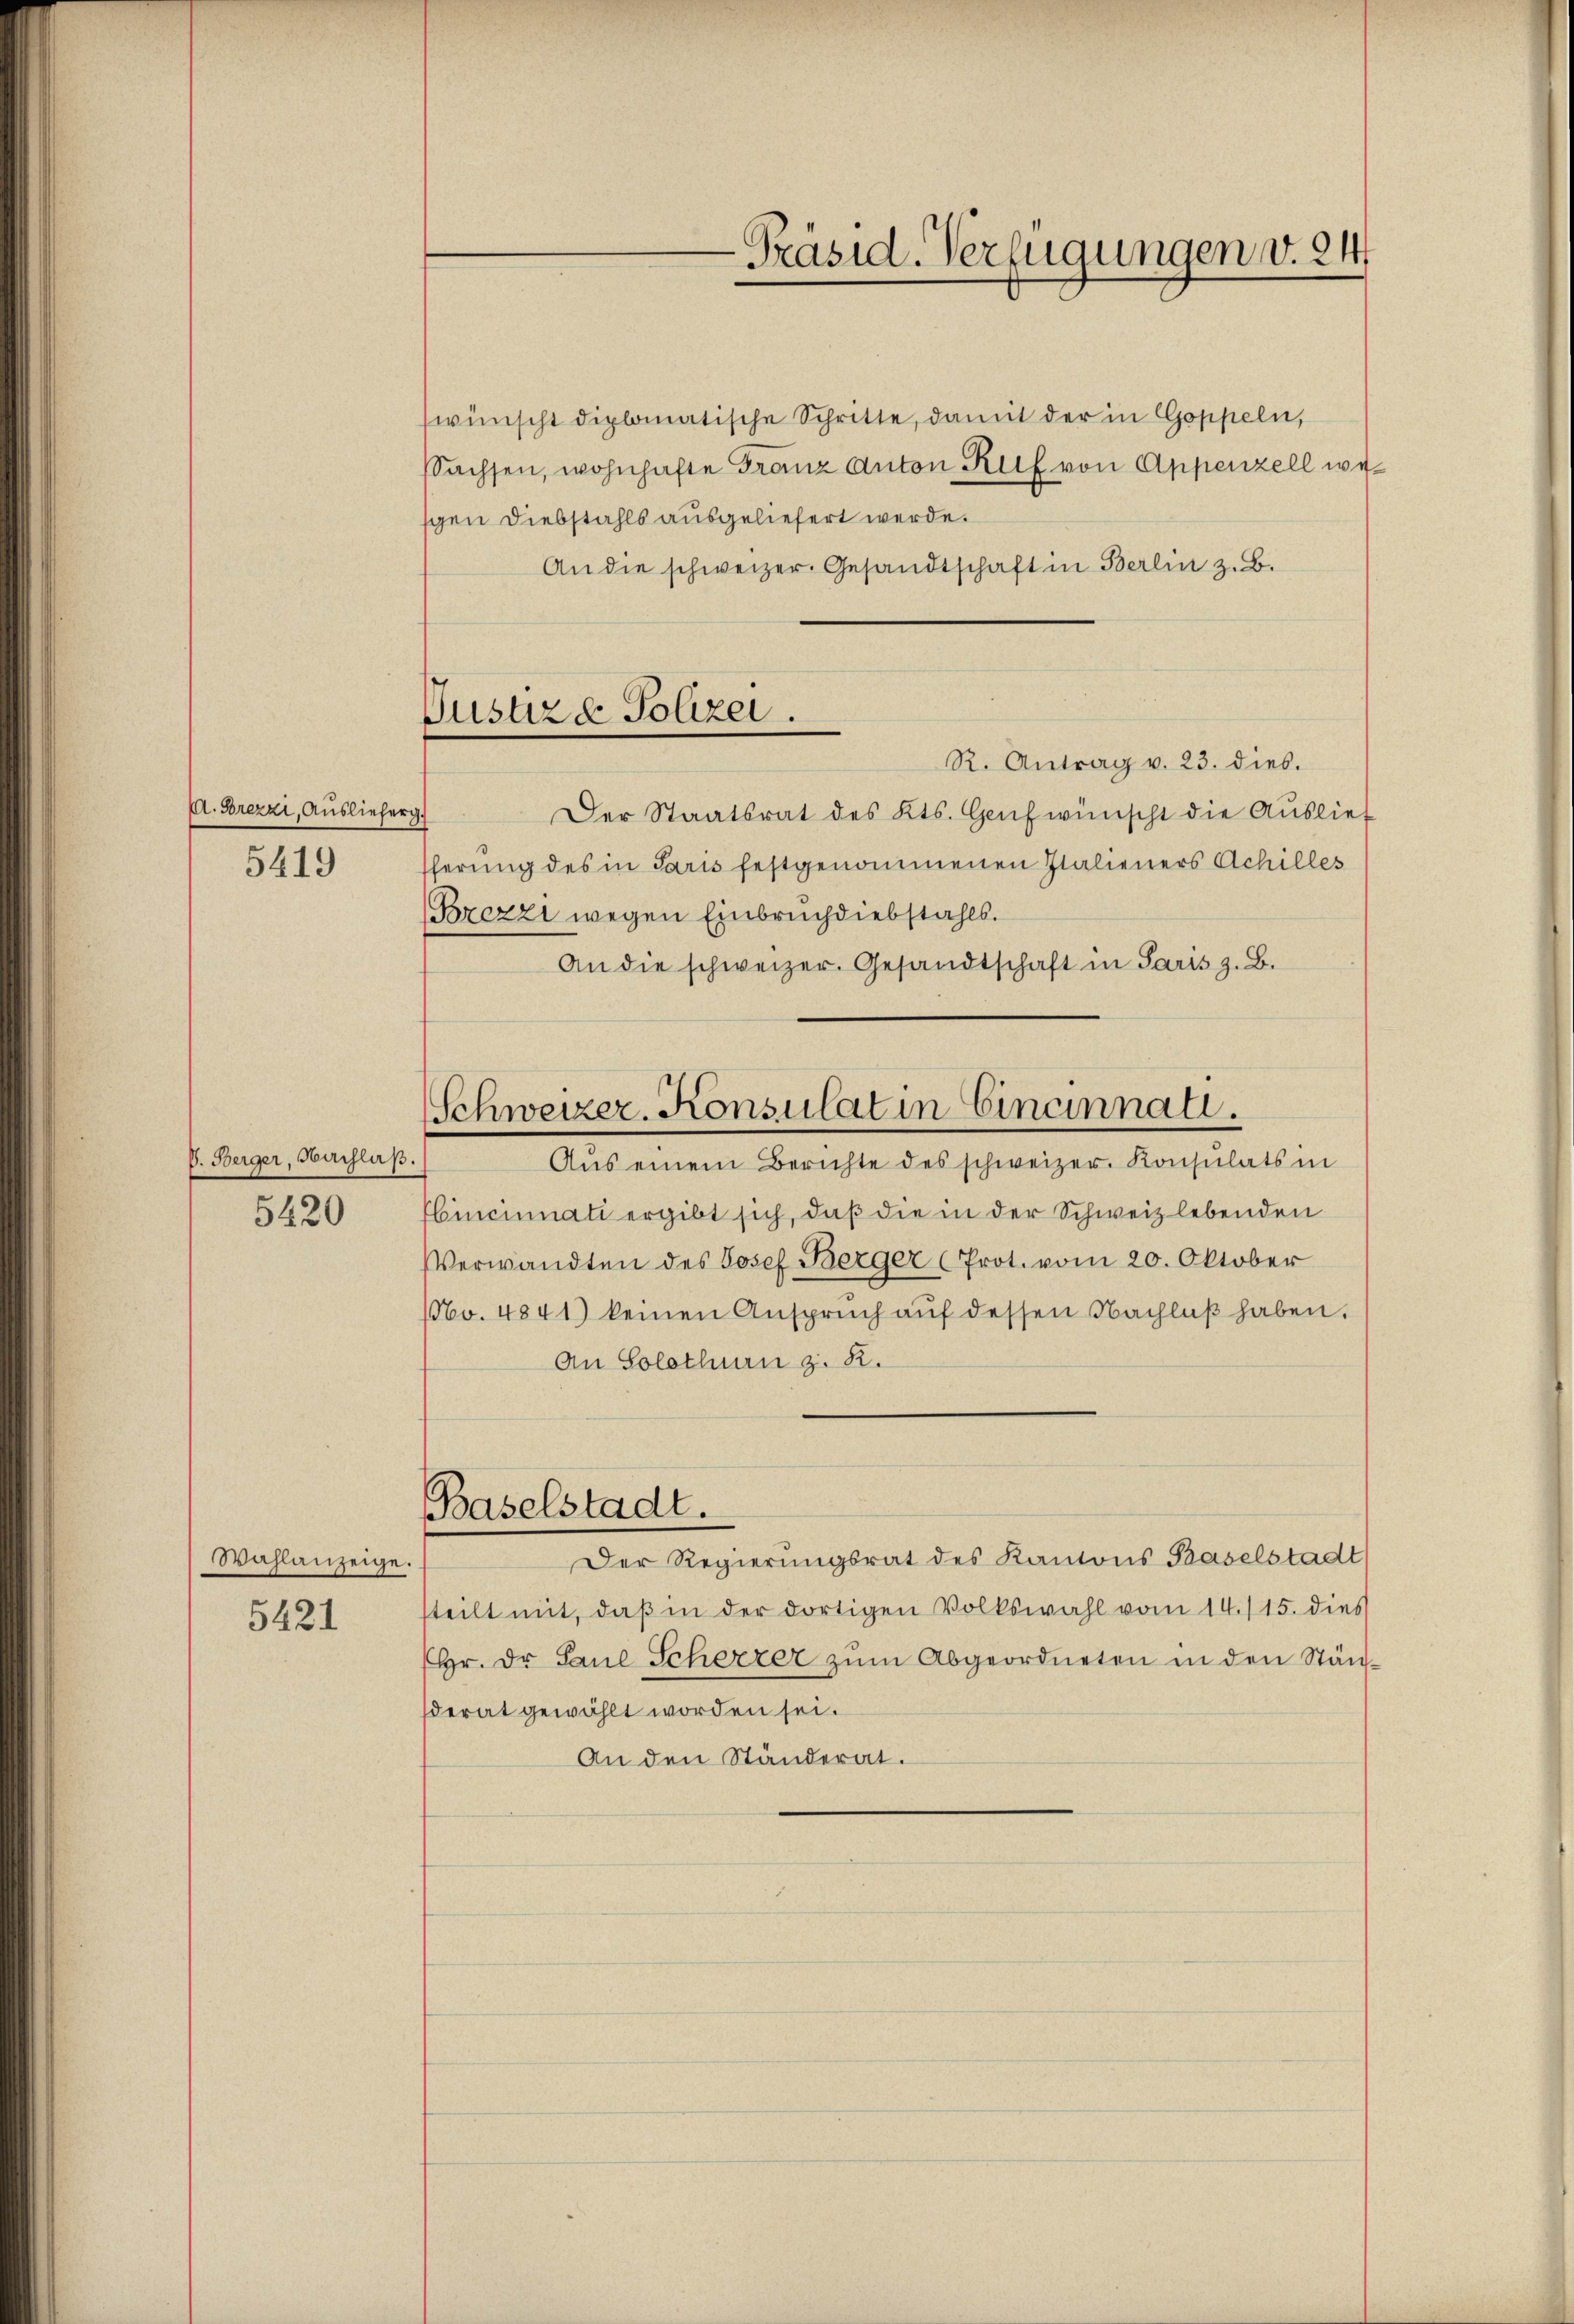
A. Brezzi, Auslieferi
5419

V. Berger, Nachlaß.
5420

Wahlanzeige.
5421

Justiz & Polizei.

-Präsid. Verfügungen v. 24

wünscht diplomatische Schritte, damit der in Goppeln,
Sachsen, wohnhafte Franz Anton Ruf von Appenzell wegen Diebstahls ausgeliefert werde.
An die schweizer. Gesandtschaft in Berlin z. B.
R. Antrag v. 23. dies.
Der Staatsrat des Kts. Genf wünscht die Auslief
fferung des in Paris festgenommenen Italieners Achilles
(Brezzi wegen Einbruch diebstahls.
An die schweizer. Gesandtschaft in Paris z. B.
Schweizer-Konsulat in Cincinnati
Aŭs einem Berichte des schweizer. Konsulats in
Cincinati ergibt sich, daß die in der Schweiz lebenden
Verwandten des Josef Berger (Prot. vom 20. Oktober
No. 4841) keinen Anspruch aŭf dessen Nachlaβ haben.
An Solothurn z. R.
Baselstadt.
Der Regierungsrat des Kantons Baselstadt
steilt mit, daß in der dortigen Volkswahl vom 14./15. dies
Hr. Dr Paul Schezzer zŭm Abgeordneten in den Stänsderat gewählt worden sei.
An den Ständerat.